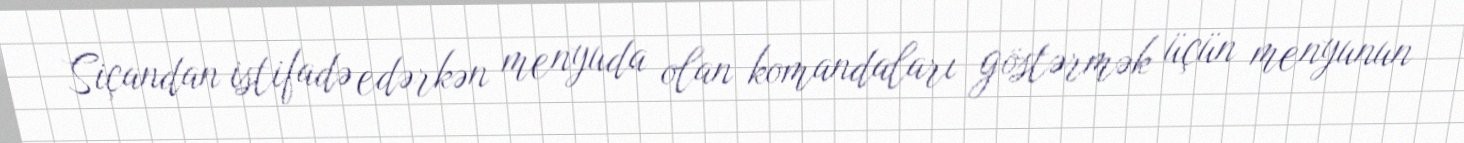
Siçandan istifadə edərkən menyuda olan komandaları göstərmək üçün menyunun